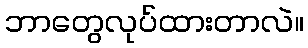
ဘာတွေလုပ်ထားတာလဲ။